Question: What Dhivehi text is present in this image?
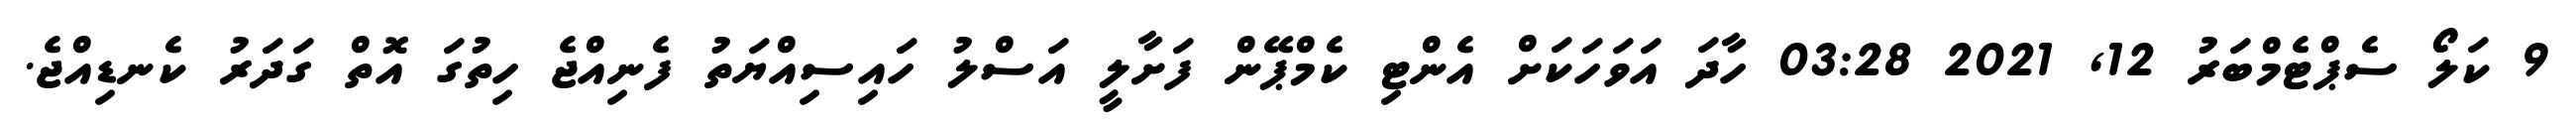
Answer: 9 ކަލޯ ސެޕްޓެމްބަރު 12, 2021 03:28 ހާދަ އަވަހަކަށް އެންޓި ކެމްޕޭން ފަށާލީ އަސްލު ހައިސިއްޔަތު ފެނިއްޖެ ހިތުގަ އޮތް ގަދަރު ކެނޑިއްޖެ.